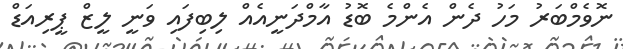
ނޮވެމްބަރު މަހު ދެން އެންމެ ބޮޑު އާމްދަނީއެއް ލިބިފައި ވަނީ ލީޒް ޕީރިއަޑް